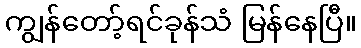
ကျွန်တော့်ရင်ခုန်သံ မြန်နေပြီ။